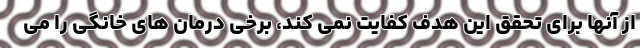
از آنها برای تحقق این هدف کفایت نمی کند، برخی درمان های خانگی را می